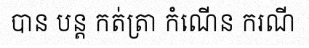
បាន បន្ត កត់ត្រា កំណើន ករណី